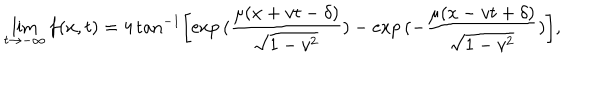
\lim _ { t \rightarrow - \infty } f ( x , t ) = 4 \tan ^ { - 1 } \left[ \exp { ( \frac { \mu ( x + v t - \delta ) } { \sqrt { 1 - v ^ { 2 } } } ) } - \exp { ( - \frac { \mu ( x - v t + \delta ) } { \sqrt { 1 - v ^ { 2 } } } ) } \right] ,